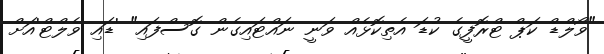
"ވޯލްޑް ކަޕް ޓްރޮފީގެ ކުޑަ އެތިކޮޅެއް ވަނީ ނައްޓައިގެން ގޮސްފައި" 'ޑައި ވެލްޓް'އަށް